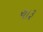
ચારૂ